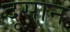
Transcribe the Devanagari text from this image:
दूसान